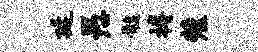
延愚髓搏麓